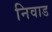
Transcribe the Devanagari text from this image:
निवाड